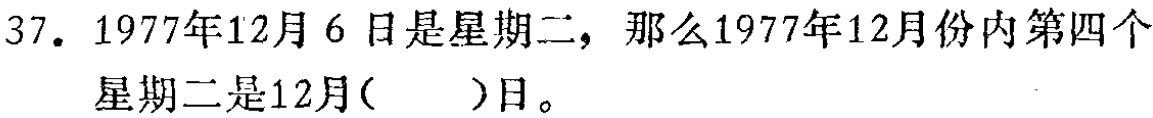
37. 1977年12月6日是星期二，那么1977年12月份内第四个星期二是12月( )日。